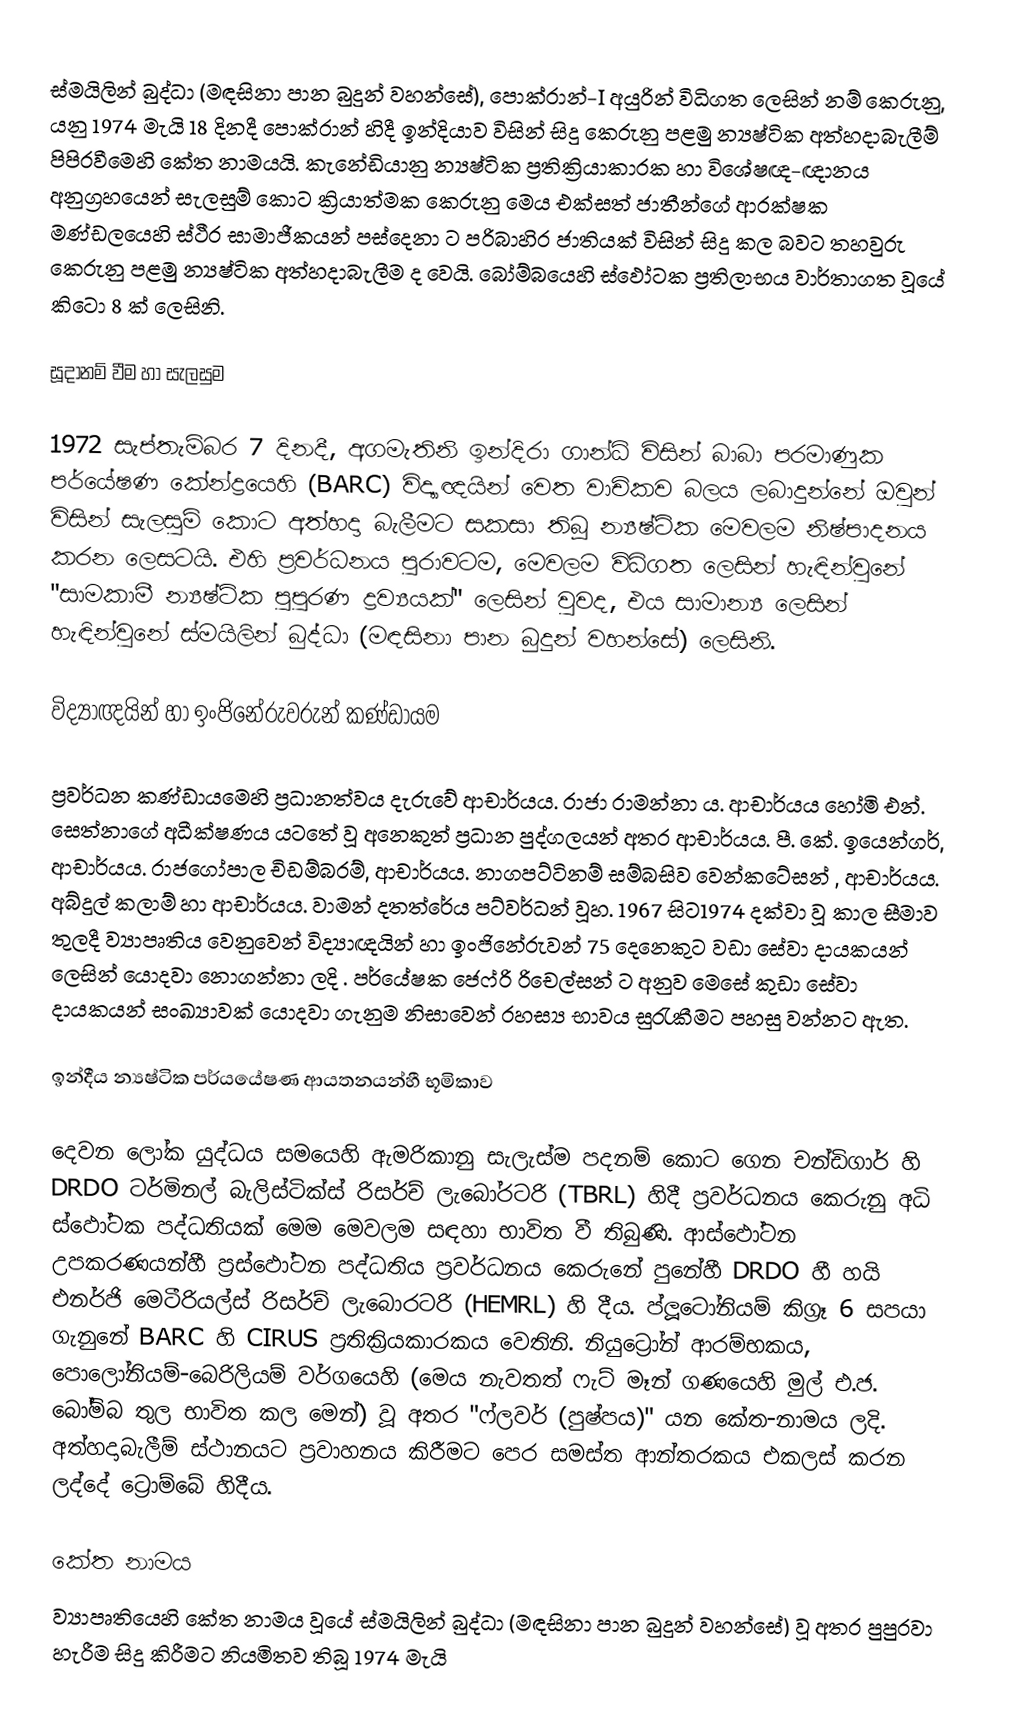
ස්මයිලින් බුද්ධා (මඳසිනා පාන බුදුන් වහන්සේ), පොක්රාන්-I අයුරින් විධිගත ලෙසින්  නම් කෙරුනු, යනු  1974 මැයි 18 දිනදී  පොක්රාන් හිදී ඉන්දියාව විසින් සිදු කෙරුනු පළමු  න්‍යෂ්ටික අත්හදාබැලීම්  පිපිරවීමෙහි කේත නාමයයි. කැනේඩියානු න්‍යෂ්ටික ප්‍රතික්‍රියාකාරක හා විශේෂඥ-ඥානය අනුග්‍රහයෙන් සැලසුම් කොට ක්‍රියාත්මක කෙරුනු මෙය එක්සත් ජාතීන්ගේ ආරක්ෂක මණ්ඩලයෙහි ස්ථීර සාමාජීකයන් පස්දෙනා ට පරිබාහිර ජාතියක් විසින් සිදු කල බවට තහවුරු කෙරුනු පළමු න්‍යෂ්ටික අත්හදාබැලීම ද වෙයි. බෝම්බයෙහි ස්ඵෝටක ප්‍රතිලාභය වාර්තාගත වූයේ  කිටො 8 ක් ලෙසිනි.

සූදානම් වීම හා සැලසුම

1972 සැප්තැම්බර 7 දිනදී, අගමැතිනි ඉන්දිරා ගාන්ධි විසින්  බාබා පරමාණුක පර්යේෂණ කේන්ද්‍රයෙහි (BARC) විද්‍යාඥයින් වෙත වාචිකව බලය ලබාදුන්නේ ඔවුන් විසින් සැලසුම් කොට අත්හදා බැලීමට සකසා තිබූ න්‍යෂ්ටික මෙවලම නිෂ්පාදනය කරන ලෙසටයි. එහි ප්‍රවර්ධනය පුරාවටම, මෙවලම විධිගත ලෙසින් හැඳින්වුනේ  "සාමකාමී න්‍යෂ්ටික පුපුරණ ද්‍රව්‍යයක්" ලෙසින් වුවද, එය සාමාන්‍ය ලෙසින් හැඳින්වුනේ ස්මයිලින් බුද්ධා (මඳසිනා පාන බුදුන් වහන්සේ) ලෙසිනි.

විද්‍යාඥයින් හා ඉංජිනේරුවරුන් කණ්ඩායම

ප්‍රවර්ධන කණ්ඩායමෙහි ප්‍රධානත්වය දැරුවේ ආචාර්යය. රාජා රාමන්නා ය. ආචාර්යය හෝමි එන්. සෙත්නාගේ අධීක්ෂණය යටතේ වූ අනෙකුත් ප්‍රධාන පුද්ගලයන් අතර ආචාර්යය. පී. කේ. ඉයෙන්ගර්, ආචාර්යය. රාජගෝපාල චිඩම්බරම්, ආචාර්යය. නාගපට්ටිනම් සම්බසිව වෙන්කටේසන් , ආචාර්යය. අබ්දුල් කලාම් හා  ආචාර්යය. වාමන් දතත්රේය පට්වර්ධන් වූහ. 1967 සිට1974 දක්වා වූ කාල සීමාව තුලදී ව්‍යාපෘතිය වෙනුවෙන් විද්‍යාඥයින් හා ඉංජිනේරුවන් 75 දෙනෙකුට වඩා සේවා දායකයන් ලෙසින් යොදවා නොගන්නා ලදි . පර්යේෂක ජෙෆ්රි රිචෙල්සන් ට අනුව මෙසේ කුඩා සේවා දායකයන් සංඛ්‍යාවක් යොදවා ගැනුම නිසාවෙන් රහස්‍ය භාවය සුරැකීමට පහසු වන්නට ඇත.

ඉන්දීය න්‍යෂ්ටික පර්යයේෂණ ආයතනයන්හී භූමිකාව

දෙවන ලෝක යුද්ධය සමයෙහි ඇමරිකානු සැලැස්ම පදනම් කොට ගෙන චන්ඩිගාර් හි DRDO ටර්මිනල් බැලිස්ටික්ස් රිසර්ච් ලැබෝරටරි (TBRL) හිදී ප්‍රවර්ධනය කෙරුනු අධි ස්ඵෝටක පද්ධතියක් මෙම මෙවලම සඳහා භාවිත වී තිබුණි. ආස්ඵෝටන උපකරණයන්හී ප්‍රස්ඵෝටන  පද්ධතිය  ප්‍රවර්ධනය කෙරුනේ පුනේහී  DRDO හී හයි එනර්ජි මෙටීරියල්ස් රිසර්ච් ලැබොරටරි (HEMRL) හි දීය.  ප්ලූටෝනියම් කිග්‍රෑ 6 සපයා ගැනුනේ  BARC  හි CIRUS ප්‍රතික්‍රියකාරකය වෙතිනි. නියුට්‍රෝන්  ආරම්භකය,   පොලෝනියම්-බෙරිලියම් වර්ගයෙහි (මෙය නැවතත් ෆැට් මෑන් ගණයෙහි  මුල් එ.ජ. බෝම්බ තුල භාවිත කල මෙන්) වූ අතර "ෆ්ලවර් (පුෂ්පය)" යන කේත-නාමය ලදි. අත්හදාබැලීම් ස්ථානයට ප්‍රවාහනය කිරීමට පෙර සමස්ත ආන්තරකය එකලස් කරන ලද්දේ  ට්‍රොම්බේ හිදීය.

කේත නාමය
ව්‍යාපෘතියෙහි කේත නාමය වූයේ ස්මයිලින් බුද්ධා (මඳසිනා පාන බුදුන් වහන්සේ) වූ අතර පුපුරවා හැරීම සිදු කිරීමට නියමිතව තිබූ 1974 මැයි